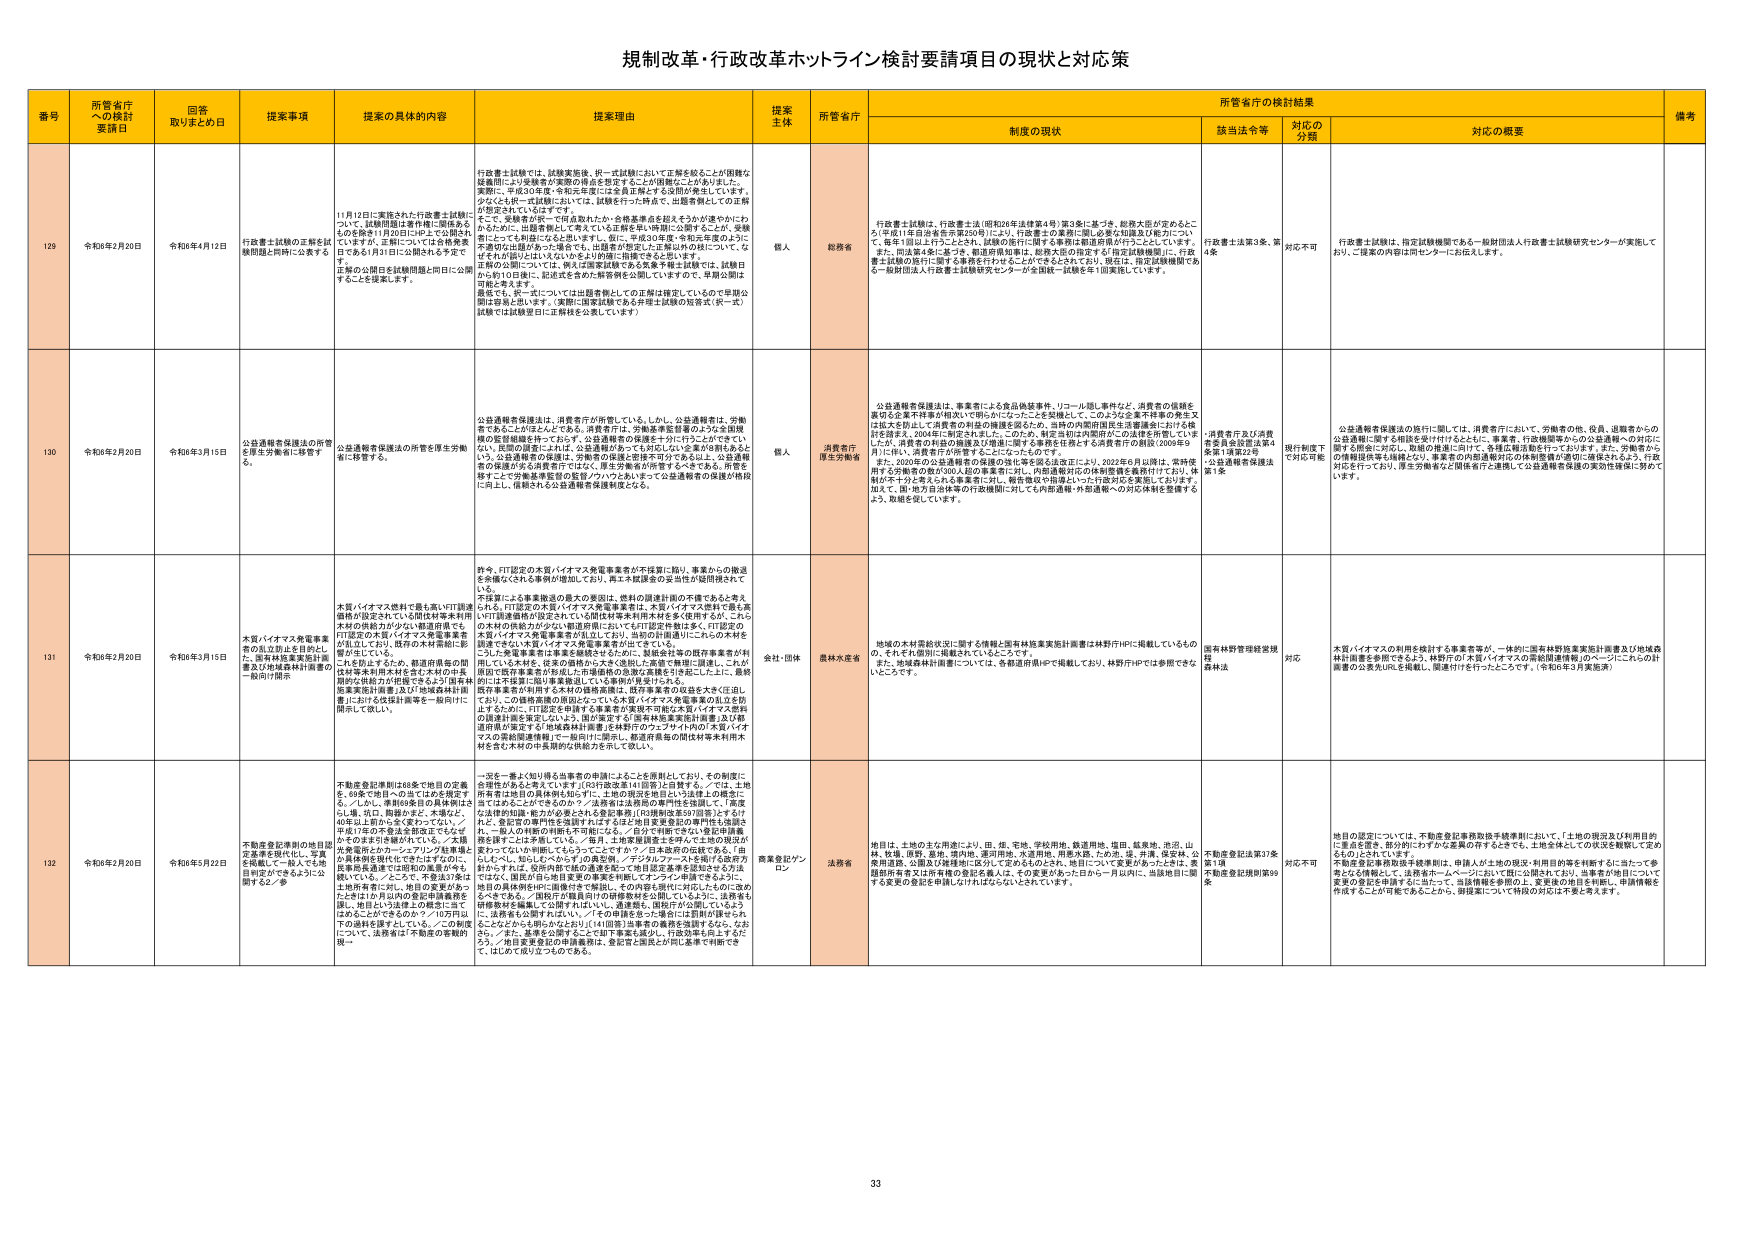
規制改革・行政改革ホットライン検討要請事項の現状と対応策

番号 所管省庁への検討要請日 回答取りまとめ日 提案事項 提案の具体的内容 提案理由 提案主体 所管省庁 制度の現状 所管省庁の検討結果 備考
該当法令等 対応の分類 対応の概要

129 令和6年2月20日 令和6年4月12日 行政書士試験の正解を試験問題と同時に公表する 11月12日に実施された行政書士試験について、試験問題は事前掲示に係るものを除き1月20日にHP上で公開されるはずですが、正解については合格発表日である1月11日に公開される予定です。正解の公開日を試験問題と同時に公開することを提案します。 行政書士試験では、試験実施後、即一式試験において正解を紹介することが困難な疑義問により受験者が実際の得点を想定することが困難なことがあります。実際に、令和3年度・令和2年度には正解を掲示する意図が発生しています。少なくとも即一式試験においては、試験を行った時点で、出題者側としての正解が想定されているはずです。そこで、受験者が即一で得点数がわかり、合格基準点を超えるかが速やかにわかるために、出題者側として考えている正解を早い時期に公開することが、受験者にとっても有益になると思います。仮に、申述の結果・令和元年度のように不適切な出題があった場合でも、出題者が想定した正解以外の解について、なぜそれが誤りとはいえないかをより的確に指導できると思います。予備の公開については、例えば国家試験である各種専門士試験では、試験日から約10日後に、記述式を含めた解答例を公開していますので、早期公開は可能と考えます。最低でも、即一式については出題者側としての正解は確定しているので早期公開は容易と思います。実際に国家試験である弁理士試験の活字式（即一式）試験では試験翌日に正解株を公表しています。 個人 総務省 行政書士試験は、行政書士法（昭和26年法律第4号）第3条に基づき、総務大臣が定めるところ（平成11年自治省告示第250号）により、行政書士の業務に関し必要な知識及び能力について、毎年1回以上行うこととされ、試験の施行に関する事務は都道府県が行うこととしています。また、同法第4条に基づき、都道府県知事は、総務大臣の指定する「指定試験機関」に、行政書士試験の施行に関する事務を行わせることができるとしており、現在は、指定試験機関である一般財団法人行政書士試験研究センターが全国統一試験を年1回実施しています。 行政書士法第3条、第4条 対応不可 行政書士試験は、指定試験機関である一般財団法人行政書士試験研究センターが実施しており、ご提案の内容は同センターにお伝えします。

130 令和6年2月20日 令和6年3月15日 公益通報者保護法の所管を厚生労働省に移管する。 公益通報者保護法の所管を厚生労働省に移管する。 公益通報者保護法は、消費者庁が所管している。しかし、公益通報者は、労働者であることがほとんどである。消費者庁は、対象産業を経営のよう公益通報の監督機関を持っておらず、公益通報者の保護を十分に行うことができていない。民間の運営により、公益通報がなっても対応しない企業が8割もあるという。公益通報者の保護は、労働者の保護と密接不可分である上、公益通報者の保護が安全・消費者庁ではなく、厚生労働省が所管すべきである。所管を移すことで労働基準監督の監督パワーもあいまって公益通報者の保護の相談に向上し、信頼される公益通報者保護制度となる。 個人 消費者庁厚生労働省 公益通報者保護法は、事業者による食品偽装事件、リコール隠し事件など、消費者の信頼を損なう企業不祥事が相次いで明らかになったことを契機として、このような企業不祥事の発生を防止する以上、不祥事の発見の機関を設けるため、当時の内閣府国民生活審議会における検討を踏まえ、2004年に制定されました。このため、制定当初は内閣府がこの法律を所管していましたが、消費者の利益の保護及び相談に関する事務を担うべき消費者庁の創設（2008年6月）に伴い、消費者庁が所管することになったものです。また、2022年の公益通報者の保護の強化等を図る法律により、2023年6月以降は、次年度用する労働者の数が300人超の事業者に対し、内部通報対応の体制整備を義務付けており、体制が不十分と考えられる事業者に対し、報告書類や指導といった行政対応を実施しております。加えて、国・地方自治体等の行政機関に対しても内部通報・内部通報への対応体制を整備するよう、取組を促しています。 消費者庁及び消費者委員会設置法第4条第1項第22号・公益通報者保護法第1条 現行制度で対応可能 公益通報者保護法の施行に関しては、消費者庁において、労働者の他、役員、退職者からの公益通報に関する相談を受け付けるとともに、事業者、行政機関等からの公益通報への対応に関する相談に対応し、取組の推進に向けて、各種広報活動を行っております。また、労働者からの情報提供等も継続となり、事業者の内部通報対応の体制整備の強化・推進をすると共に、行政対応を行っており、厚生労働省など関係省庁と連携して公益通報者保護の実効性確保に努めていきます。

131 令和6年2月20日 令和6年3月15日 木質バイオマス発電事業の売上税に含まれないFIT認定の木質バイオマス発電事業者が出し、既存の木質燃料に影響が生じている。 木質バイオマス燃料を焼くFIT設備価格が設定されている間は対象木質用木材の供給力が少ない都道府県でもFIT認定の木質バイオマス発電事業者が出し、既存の木質燃料に影響が生じている。これを防止するため、都道府県毎の間伐材等を利用木材を含む木材の年間供給能力が相当程度不足する12国森林協業実施計画書及び「地域森林計画書」における供給計画等を一般向けに開示して欲しい。 昨今、FIT認定の木質バイオマス発電事業者が不採算に陥り、事業からの撤退を余儀なくされる事例が増加しており、再エネ関連法の妥当性が疑問視されてい る。不採算による事業撤退の最大の要因は、燃料の調達計画の不備であると考えられる。FIT認定の木質バイオマス発電事業者は、木質バイオマス燃料で最も高いFIT固定価格が設定されている間は対象木質用木材を多く使用するが、こうした木材の供給力が少ない都道府県においてもFIT認定事業は多く、FIT認定の木質バイオマス発電事業者が供給しており、当面の計画通りにこれらの木材を調達できない木質バイオマス発電事業者が出てきている。こうした発電事業者は事業を継続できなかったため、鉄製缶等の既存事業者が利用している木材を、従来の燃料の大きな割合、木質で無理に混焼し、これが既存の既存事業者が利用された市場価格の急激な高騰を引き起こした上に、最終的には不採算に陥り事業撤退している事例が報告される。既存事業者が利用する木材の価格高騰は、既存事業者の収益を大きく圧迫しており、この価格高騰の原因となっている木質バイオマス発電事業の乱立を防止するために、FIT認定を申請する事業者が実現不可能な木質バイオマス燃料の調達計画を策定しないよう、国の策定する「国有林協業実施計画書」及び都道府県が策定する「地域森林計画書」を検討のウェブページ内の「木質バイオマスの需給関連情報」で一般向けに開示し、都道府県毎の間伐材等を利用木材を含む木材の年間供給能力を明らかに欲しい。 会社・団体 農林水産省 地域の木材需給状況に関する情報と国有林協業実施計画書は林野庁HPに掲載しているもので、それも原則に掲載されているところです。また、地域森林計画書については、各都道府県HPで掲載しており、林野庁HPでは参照可能なところです。 国有林野管理運営規程第4条 対応 木質バイオマスの利用を検討する事業者等が、一体的に国有林野協業実施計画書及び地域森林計画書を参照できるよう、林野庁の「木質バイオマスの需給関連情報」のページにこれらの計画書の公表先URLを掲載し、関連付けを行ったところです。（令和6年3月実施済）

132 令和6年2月20日 令和6年5月22日 不動産登記準則の地目認定基準を現状化し、写真を掲載して一般人でも地目が認可できるように公開する2／参 不動産登記準則は68条で地目の定義を、69条で地目への当てはめを規定する。しかし、準則69条目の具体例はさしこし、当該、陶器かまど、木場など、40年以上前から大きく変わっている。平成17年の不登法全般改正でもなぜかそのままで継続されている。木質林地電気のトカーファンリング基準地と土木用木材工場は、地目の変更がなく、民家用基準地では昭和の風景が今も続いている。ところで、不登法が条は土木用木材工場、地目の変更がなかったとは1か月以内の登記申請書類を図し、地目は13法理上の概念に当てはまることができるので、10万円以下の違約を課すとしている。この制度について、法務省が不動産の登録の現… 一宮を一筆上に知り得る当事者の申請によることを原則としており、その制度に合理性があると考えています。[63]行政改革141段落]と回答する。／では、土地所有者地目の現状を知るには、土地の現状を知るには土地上に標定に当てはめることがあるのか？／法務省は法務局の専門性を強調して、「高度な法的知識・能力が必要とされる登記事務」[63]強制改憲397段落]とするが、私は、登記官の専門性を強調するばかりでは地目変更登記の専門性と強調され、一般人の判断の判断も不可能になる。／自分で判断できない登記申請書類を書くことは矛盾している。／毎日、土木電気屋を土木や、できるかの現状が変わっていない判断してもうつってこずか？／日本政府の庇護である。「自らしんし、知らしんべからず」の風習や、デジタルファーストを掲げる国が方針かすかは、役所内部で地の通達を記って地目認定基準を認知させる方法ではなく、国民が自ら地目変更の事実を判断してオンライン申請できるように、地目の具体例がHPに掲載されれば、その内容を現状に近づけたものに改めるべきである。「国民が判断員向けの研修教材を公開しているように、法務省も研修教材を掲載して公開すればよい。」違憲性、問答がおろそくしているよう、法務省も公開すればよい。／その申請を含った場合には罰則が課せられることになるかも明らかとなり、[41]回答]当事者の義務を強調するから、なおさら、／また、実務を公開することで不登法を変えるか、行政を良くするか？／「地目変更登記の申請書類は、登記官と国民とが同じ基準で判断できく、はじめで掲げよう」のできる。 商業登記パソコン 法務省 地目は、土地の主な用途により、田、畑、宅地、学校用地、鉄道用地、堤田、低湿地、池沼、山林、牧場、園地、墓地、埋め地、運河用地、水道用地、用途未定、ため池、堤、井場、仮設林、公衆用道路、公園及び雑種地に区分して定めるものとされ、地目について変更があったときは、各都道府県有事又は市町村の登記を個人、その変更があった日から一月以内に、当該地目に関する変更の登記を申請しなければならないとされています。 不動産登記法第37条第1項 不動産登記規則第90条 対応不可 地目の認定については、不動産登記事務取扱手続準則において、「土地の現況及び利用目的に重点を置き、部分的にわずかな差異が存するときでも、土地全体としての状況を観察して定めるもの」とされていきます。不動産登記事務取扱手続準則は、申請人が土地の現況・利用目的等を判断するに当たって参考となる情報として、法務省ホームページにおいて既に公開されており、当事者の地目について変更の登記を申請するに当たって、当該情報を参照の上、変更後の地目を判断し、申請情報を作成することが可能であることから、御提案について特段の対応は不要と考えます。

33